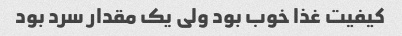
کیفیت غذا خوب بود ولی یک مقدار سرد بود